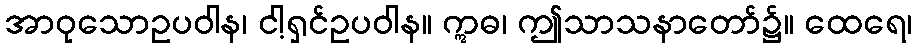
အာဝုသောဥပဝါန၊ ငါ့ရှင်ဥပဝါန။ ဣဓ၊ ဤသာသနာတော်၌။ ထေရေ၊